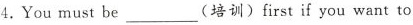
4.You must be___(培训)first if you want to